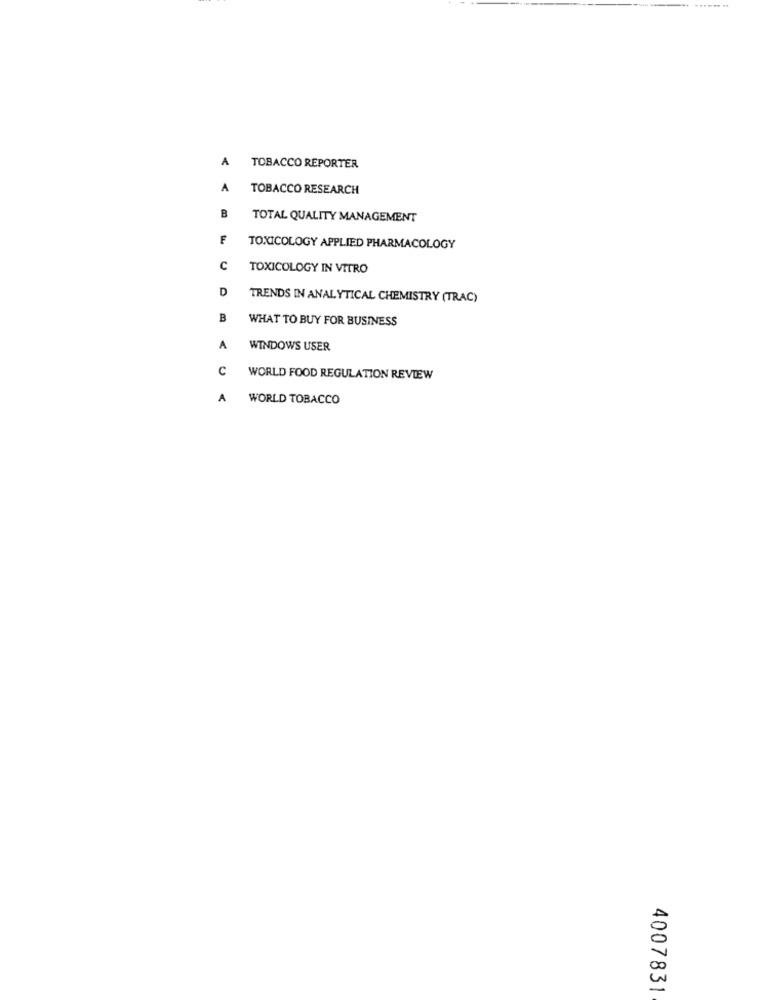
-----...
A
TOBACCO REPORTER
A
TOBACCO RESEARCH
B
TOTAL QUALITY MANAGEMENT
F
TOXICOLOGY APPLIED PHARMACOLOGY
C
TOXICOLOGY IN VITRO
D
TRENDS IN ANALYTICAL CHEMISTRY (TRAC)
B
WHAT TO BUY FOR BUSINESS
A
WINDOWS USER
C
WORLD FOOD REGULATION REVIEW
A
WORLD TOBACCO
4007831